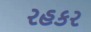
રહકર